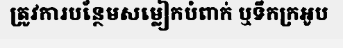
ត្រូវការបន្ថែមសម្លៀកបំពាក់ ឬទឹកក្រអូប